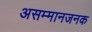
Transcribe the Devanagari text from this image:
असम्मानजनक